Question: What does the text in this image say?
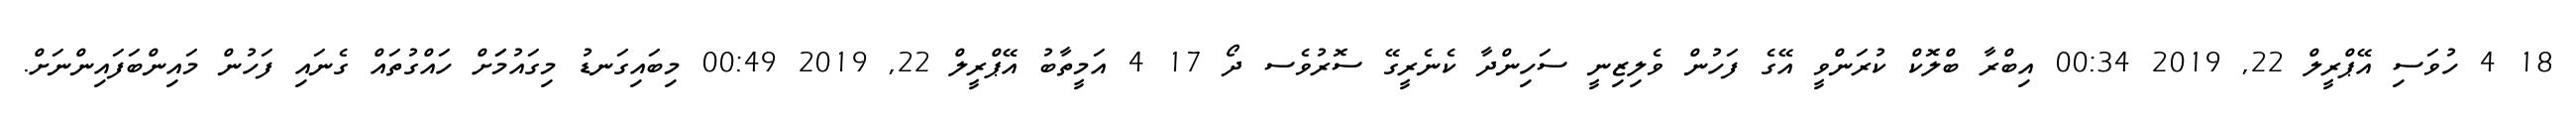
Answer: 18 4 ހުވަސި އޭޕްރީލް 22, 2019 00:34 އިބްރާ ބްލޮކް ކުރަންވީ އޭގެ ފަހުން ވެލިޒިނީ ސަހިންދާ ކެނެރީގޭ ސޮރުވެސ ދޯ 17 4 އަމީތާބު އޭޕްރީލް 22, 2019 00:49 މިބައިގަނޑު މިގައުމަަށް ހައްގުތައް ގެނައި ފަހުން މައިންބަފައިންނަށް.